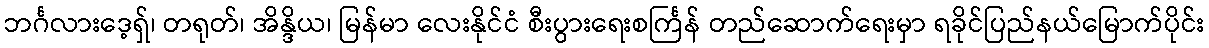
ဘင်္ဂလားဒေ့ရှ်၊ တရုတ်၊ အိန္ဒိယ၊ မြန်မာ လေးနိုင်ငံ စီးပွားရေးစင်္ကြန် တည်ဆောက်ရေးမှာ ရခိုင်ပြည်နယ်မြောက်ပိုင်း